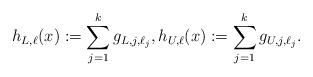
LaTeX: \begin{align*}h_{L,\ell}(x) := \sum_{j=1}^k g_{L,j,\ell_j}, h_{U,\ell}(x) := \sum_{j=1}^k g_{U,j,\ell_j}.\end{align*}